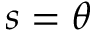
s = \theta